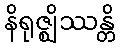
နိရုဇ္ဈိဿန္တိ